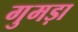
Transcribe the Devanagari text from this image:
गुमड़ा